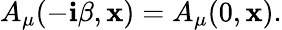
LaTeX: A_{\mu}(-\mathbf{i}\beta,{\mathbf{x}})=A_{\mu}(0,{\mathbf{x}}).